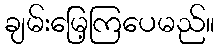
ချမ်းမြေ့ကြပေမည်။